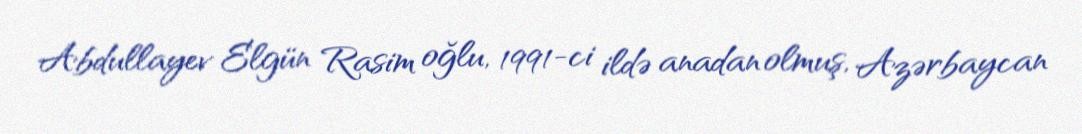
Abdullayev Elgün Rasim oğlu, 1991-ci ildə anadan olmuş, Azərbaycan